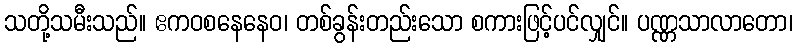
သတို့သမီးသည်။ ဧကဝစနေနေဝ၊ တစ်ခွန်းတည်းသော စကားဖြင့်ပင်လျှင်။ ပဏ္ဏသာလာတော၊